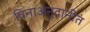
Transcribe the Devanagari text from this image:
विनाअनुदानीत